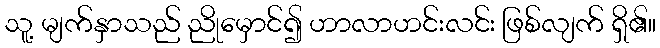
သူ့ မျက်နှာသည် ညိုမှောင်၍ ဟာလာဟင်းလင်း ဖြစ်လျက် ရှိ၏။